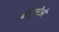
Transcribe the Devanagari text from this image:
बौगुएरेऔ